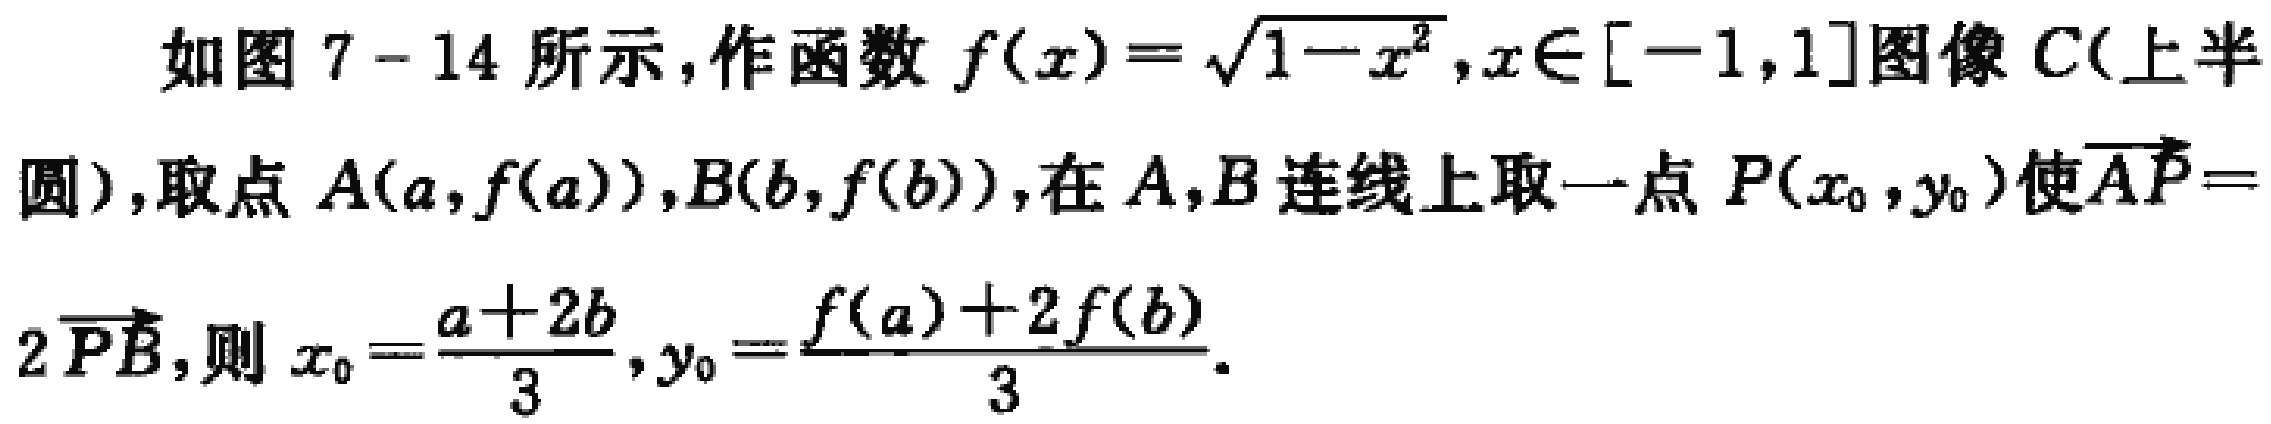
如图 7 - 14 所示，作函数 \(f(x)=\sqrt{1 - x^{2}},x\in[-1,1]\)图像 \(C\)（上半圆），取点 \(A(a,f(a)),B(b,f(b))\)，在 \(A,B\)连线上取一点 \(P(x_{0},y_{0})\)使\(\overrightarrow{AP}=2\overrightarrow{PB}\)，则 \(x_{0}=\frac{a + 2b}{3},y_{0}=\frac{f(a)+2f(b)}{3}\)。